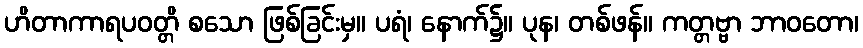
ဟိတာကာရပဝတ္တိ စသော ဖြစ်ခြင်းမှ။ ပရံ၊ နောက်၌။ ပုန၊ တစ်ဖန်။ ကတ္တဗ္ဗာ ဘာဝတော၊